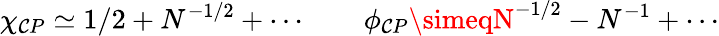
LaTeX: \chi_{\mathcal{C}P}\simeq1/2+N^{-1/2}+\cdots~~~~~~~~\phi_{\mathcal{C}P}\simeqN^{-1/2}-N^{-1}+\cdots